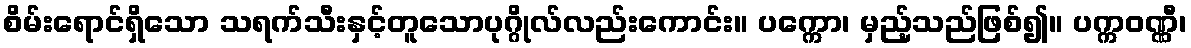
စိမ်းရောင်ရှိသော သရက်သီးနှင့်တူသောပုဂ္ဂိုလ်လည်းကောင်း။ ပက္ကော၊ မှည့်သည်ဖြစ်၍။ ပက္ကဝဏ္ဏီ၊